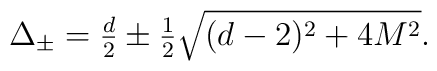
\textstyle \Delta_\pm = \frac d2 \pm \frac 12 \sqrt{(d-2)^2+4M^2}.